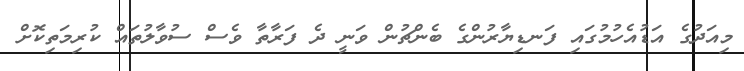
މިއަދުގެ އަޑުއެހުމުގައި ފަނޑިޔާރުންގެ ބެންޗުން ވަނީ ދެ ފަރާތާ ވެސް ސުވާލުތައް ކުރިމަތިކޮށް